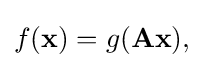
{\textstyle f(\mathbf {x} )=g(\mathbf {Ax} ),}